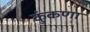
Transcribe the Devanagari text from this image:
कुंकणा